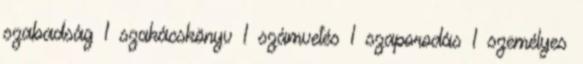
szabadság 1 szakácskönyv 1 számvetés 1 szaporodás 1 személyes